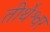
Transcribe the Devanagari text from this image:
तीर्थेश्वर